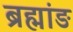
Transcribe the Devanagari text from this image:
ब्रह्मांङ